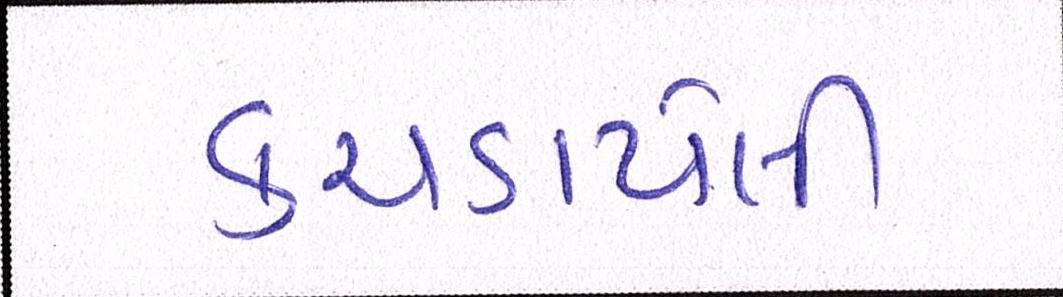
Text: કચડાયેલી